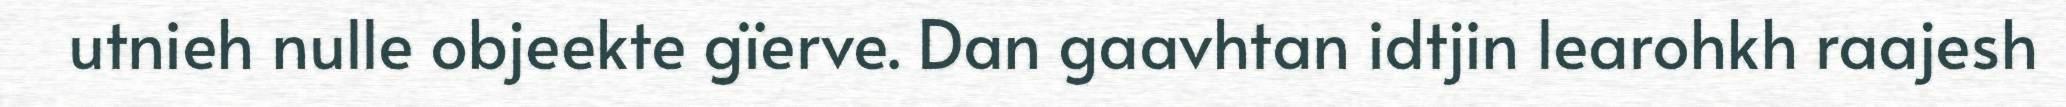
utnieh nulle objeekte gïerve. Dan gaavhtan idtjin learohkh raajesh